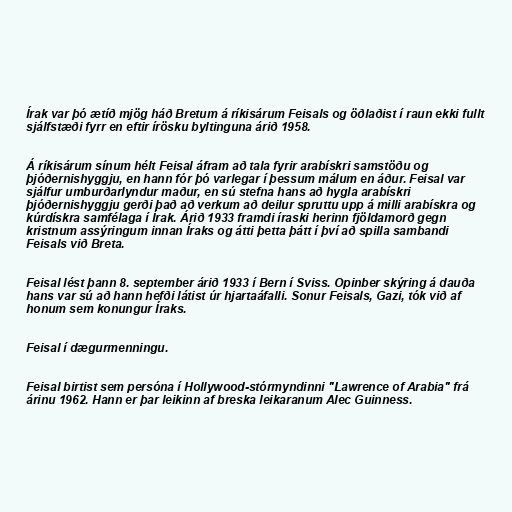
Írak var þó ætíð mjög háð Bretum á ríkisárum Feisals og öðlaðist í raun ekki fullt
sjálfstæði fyrr en eftir írösku byltinguna árið 1958.

Á ríkisárum sínum hélt Feisal áfram að tala fyrir arabískri samstöðu og
þjóðernishyggju, en hann fór þó varlegar í þessum málum en áður. Feisal var
sjálfur umburðarlyndur maður, en sú stefna hans að hygla arabískri
þjóðernishyggju gerði það að verkum að deilur spruttu upp á milli arabískra og
kúrdískra samfélaga í Írak. Árið 1933 framdi íraski herinn fjöldamorð gegn
kristnum assýringum innan Íraks og átti þetta þátt í því að spilla sambandi
Feisals við Breta.

Feisal lést þann 8. september árið 1933 í Bern í Sviss. Opinber skýring á dauða
hans var sú að hann hefði látist úr hjartaáfalli. Sonur Feisals, Gazi, tók við af
honum sem konungur Íraks.

Feisal í dægurmenningu.

Feisal birtist sem persóna í Hollywood-stórmyndinni "Lawrence of Arabia" frá
árinu 1962. Hann er þar leikinn af breska leikaranum Alec Guinness.